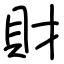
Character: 財